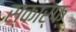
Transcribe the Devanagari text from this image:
स्कार्फ्